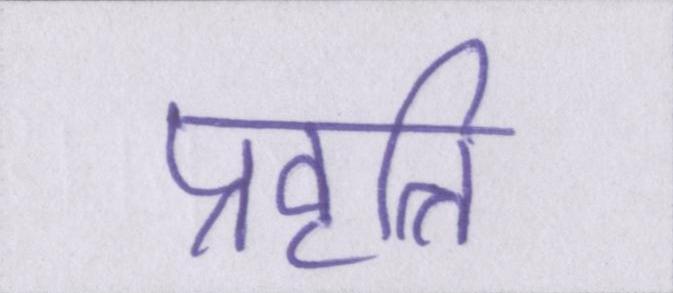
प्रवृत्ति